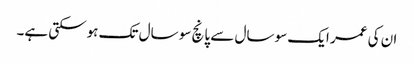
ان کی عمر ایک سو سال سے پانچ سو سال تک ہوسکتی ہے۔